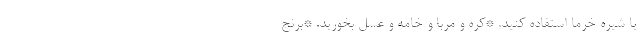
یا شیره خرما استفاده کنید. *کره و مربا و خامه و عسل بخورید. *برنج